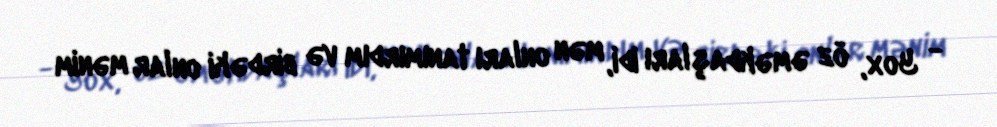
- Yox, öz əməkdaşları idi, mən onları tanımırdım və birdəki onlar mənim